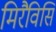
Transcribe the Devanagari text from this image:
मिरैविसि